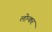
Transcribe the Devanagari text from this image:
लोन्कर